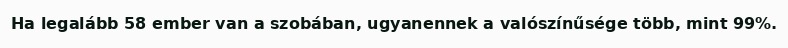
Ha legalább 58 ember van a szobában, ugyanennek a valószínűsége több, mint 99%.